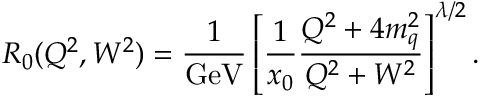
R _ { 0 } ( Q ^ { 2 } , W ^ { 2 } ) = \frac { 1 } { \mathrm { { G e V } } } \left[ \frac { 1 } { x _ { 0 } } \frac { Q ^ { 2 } + 4 m _ { q } ^ { 2 } } { Q ^ { 2 } + W ^ { 2 } } \right] ^ { \lambda / 2 } .